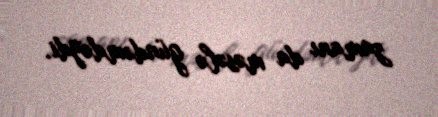
zamanı da məsələ gündəmdəydi.